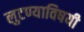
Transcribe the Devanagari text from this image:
लुटण्याविषयी